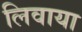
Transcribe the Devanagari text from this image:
लिवाया